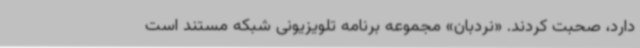
دارد، صحبت کردند. «نردبان» مجموعه برنامه تلویزیونی شبکه مستند است